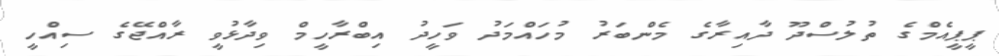
ޕީޕީއެމްގެ ތުލުސްދޫ ދާއިރާގެ މެންބަރު މުހައްމަދު ވަހީދު އިބްރާހީމް ވިދާޅުވީ ރާއްޖޭގެ ސިއްހީ